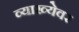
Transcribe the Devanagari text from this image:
व्याख्येवर